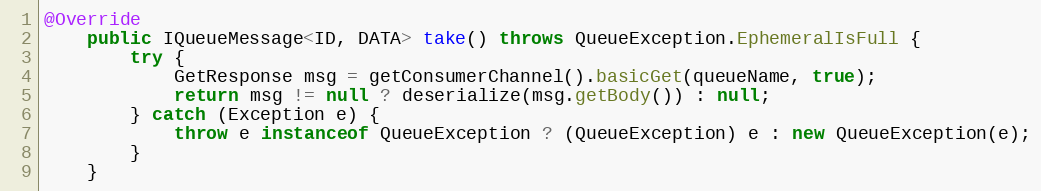
Language: Java
@Override
    public IQueueMessage<ID, DATA> take() throws QueueException.EphemeralIsFull {
        try {
            GetResponse msg = getConsumerChannel().basicGet(queueName, true);
            return msg != null ? deserialize(msg.getBody()) : null;
        } catch (Exception e) {
            throw e instanceof QueueException ? (QueueException) e : new QueueException(e);
        }
    }